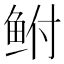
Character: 鲋